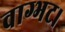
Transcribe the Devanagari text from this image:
वाग्भट।